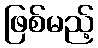
ဖြစ်မည့်